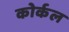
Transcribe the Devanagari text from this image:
कोर्कल